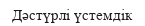
Дәстүрлі үстемдік